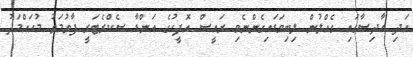
އަދި ހާދިސާގައި ގެއްލުން ލިބިވަޑައިގެންނެވި ރައީސް އޮފީހުގެ އަންޑާ ސެކްރެޓަރީ ފާތުމަތު މުހައްމަދު